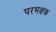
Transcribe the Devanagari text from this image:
परभक्षक